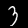
Digit: 3